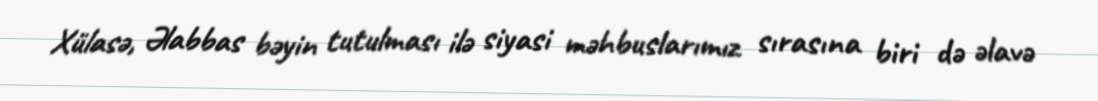
Xülasə, Əlabbas bəyin tutulması ilə siyasi məhbuslarımız sırasına biri də əlavə